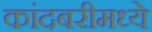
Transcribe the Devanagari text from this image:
कांदबरीमध्ये